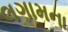
લગામના